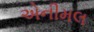
એનીમલ